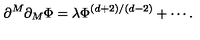
\partial ^ { M } \partial _ { M } \Phi = \lambda \Phi ^ { \left( d + 2 \right) / \left( d - 2 \right) } + \cdots .